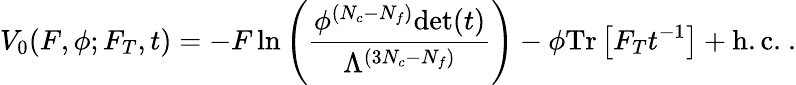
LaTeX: V_{0}(F,\phi;F_{T},t)=-F\, \mathrm{ln}\left(\frac{\phi^{(N_{c}-N_{f})}\mathrm{det}(t)}{\Lambda^{(3N_{c}-N_{f})}}\right)-\phi\mathrm{Tr}\left[F_{T}t^{-1}\right]+\mathrm{h.c.}\ .